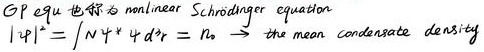
GP equ. 也称为 nonlinear Schrödinger equation
$|\psi|^{2}=\int N\psi^{*} \mathrm{d}^{3}r = n_{0} \to \text{the mean condensate density}$